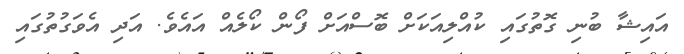
އައިޝާ ބުނި ގޮތުގައި ކުއްލިއަކަށް ބޮސްއަށް ފޯން ކޯލެއް އައެވެ. އަދި އެވަގުތުގައި